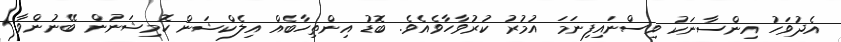
އެދުވަހު އިންސާނަކު ވިސްނައިފިނަމަ އުމުރު ކުރުވާހާވެއެވެ. ބޮޑު އިންތިހާބެއް އިލެކްޝަން ކޮމިޝަނުން ބޭނުންވާ